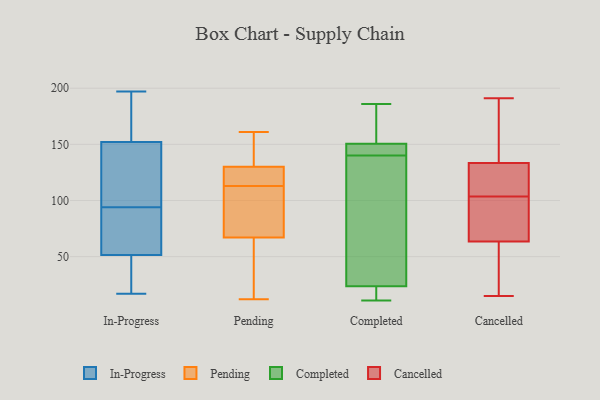
{"axis": {"x": "Page Views", "y": "Value"}, "legend": ["Cancelled", "Completed", "In-Progress", "Pending"], "data": [{"x": "", "y": 20, "type": "In-Progress"}, {"x": "", "y": 155, "type": "In-Progress"}, {"x": "", "y": 90, "type": "In-Progress"}, {"x": "", "y": 19, "type": "In-Progress"}, {"x": "", "y": 51, "type": "In-Progress"}, {"x": "", "y": 167, "type": "In-Progress"}, {"x": "", "y": 98, "type": "In-Progress"}, {"x": "", "y": 169, "type": "In-Progress"}, {"x": "", "y": 141, "type": "In-Progress"}, {"x": "", "y": 17, "type": "In-Progress"}, {"x": "", "y": 87, "type": "In-Progress"}, {"x": "", "y": 40, "type": "In-Progress"}, {"x": "", "y": 74, "type": "In-Progress"}, {"x": "", "y": 140, "type": "In-Progress"}, {"x": "", "y": 149, "type": "In-Progress"}, {"x": "", "y": 103, "type": "In-Progress"}, {"x": "", "y": 197, "type": "In-Progress"}, {"x": "", "y": 52, "type": "In-Progress"}, {"x": "", "y": 63, "type": "In-Progress"}, {"x": "", "y": 158, "type": "In-Progress"}, {"x": "", "y": 154, "type": "Pending"}, {"x": "", "y": 106, "type": "Pending"}, {"x": "", "y": 161, "type": "Pending"}, {"x": "", "y": 12, "type": "Pending"}, {"x": "", "y": 100, "type": "Pending"}, {"x": "", "y": 121, "type": "Pending"}, {"x": "", "y": 119, "type": "Pending"}, {"x": "", "y": 67, "type": "Pending"}, {"x": "", "y": 17, "type": "Pending"}, {"x": "", "y": 130, "type": "Pending"}, {"x": "", "y": 127, "type": "Pending"}, {"x": "", "y": 107, "type": "Pending"}, {"x": "", "y": 141, "type": "Pending"}, {"x": "", "y": 46, "type": "Pending"}, {"x": "", "y": 185, "type": "Completed"}, {"x": "", "y": 26, "type": "Completed"}, {"x": "", "y": 147, "type": "Completed"}, {"x": "", "y": 72, "type": "Completed"}, {"x": "", "y": 161, "type": "Completed"}, {"x": "", "y": 16, "type": "Completed"}, {"x": "", "y": 140, "type": "Completed"}, {"x": "", "y": 12, "type": "Completed"}, {"x": "", "y": 142, "type": "Completed"}, {"x": "", "y": 186, "type": "Completed"}, {"x": "", "y": 147, "type": "Completed"}, {"x": "", "y": 104, "type": "Completed"}, {"x": "", "y": 11, "type": "Completed"}, {"x": "", "y": 191, "type": "Cancelled"}, {"x": "", "y": 32, "type": "Cancelled"}, {"x": "", "y": 136, "type": "Cancelled"}, {"x": "", "y": 15, "type": "Cancelled"}, {"x": "", "y": 64, "type": "Cancelled"}, {"x": "", "y": 103, "type": "Cancelled"}, {"x": "", "y": 44, "type": "Cancelled"}, {"x": "", "y": 131, "type": "Cancelled"}, {"x": "", "y": 92, "type": "Cancelled"}, {"x": "", "y": 63, "type": "Cancelled"}, {"x": "", "y": 148, "type": "Cancelled"}, {"x": "", "y": 166, "type": "Cancelled"}, {"x": "", "y": 166, "type": "Cancelled"}, {"x": "", "y": 126, "type": "Cancelled"}, {"x": "", "y": 104, "type": "Cancelled"}, {"x": "", "y": 76, "type": "Cancelled"}, {"x": "", "y": 117, "type": "Cancelled"}, {"x": "", "y": 127, "type": "Cancelled"}, {"x": "", "y": 82, "type": "Cancelled"}, {"x": "", "y": 35, "type": "Cancelled"}]}